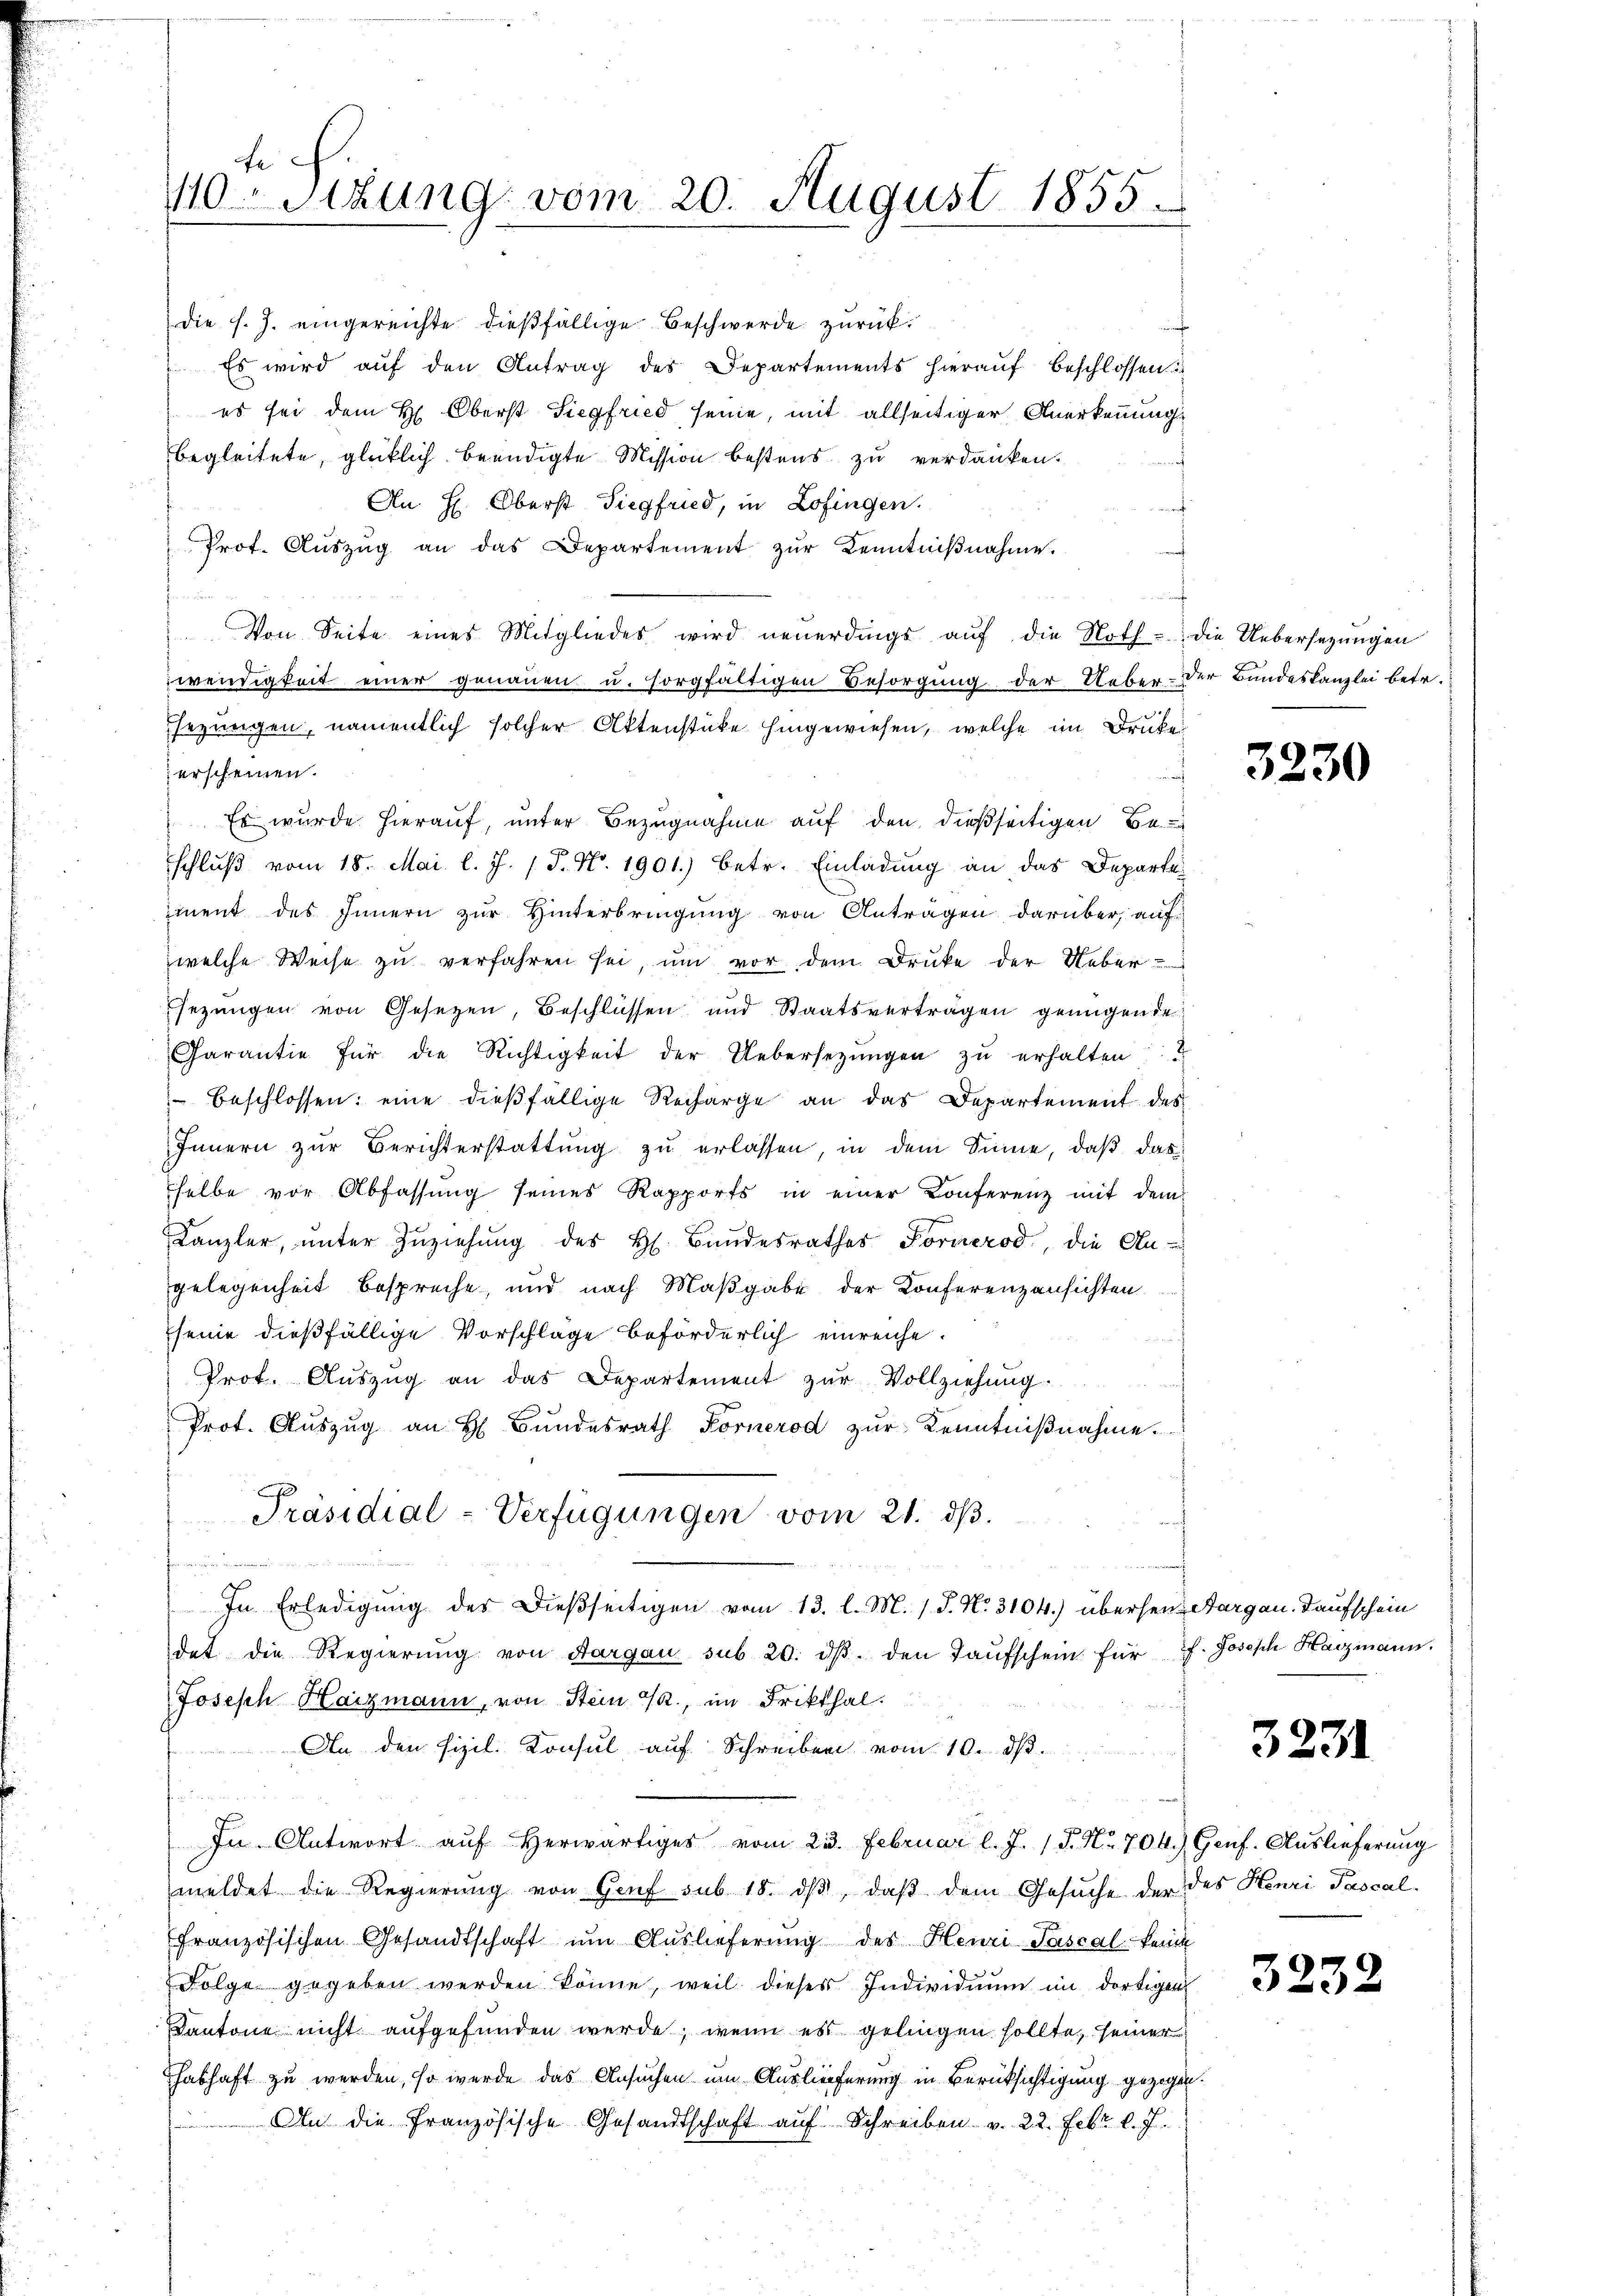
te
110Stzung vom 20. August 1855.

die f. J. eingereichte dießfällige Beschwerde zurück.
Es wird auf den Antrag des Departements hierauf beschlossen
es sei dem H. Oberst Siegfried seine, mit allseitiger Anerkennung
begleitete, glücklich beendigte Mission bestens zu verdanken.
An H. Oberst Siegfried, in Zofingen.
Prot. Aŭszŭg an das Departement zŭr Kenntniβnahme.
n
Von Seite eines Mitgliedes wird neuerdings aŭf die Noth - die Uebersezungen
wendigkeit einer genauen u. sorgfältigen Besorgung der Ueber- der Bundeskanzlei betr.
sezungen, namentlich solcher Aktenstücke hingewiesen, welche im Druke
erscheinen.
Es wurde hierauf, unter Bezugnahme auf den dießseitigen Be
schluß vom 18. Mai l. J. 1 P. Nr. 1901.) betr. Einladung an das Departeiment des Innern zur Hinterbringung von Antragen darüber, auf
welche Weise zu verfahren sei, um vor dem Druke der Ueber
Esezungen von Gesetzen, Beschlüssen und Staatsverträgen genügende
Garantie für die Richtigkeit der Uebersetzŭngen zŭ erhalten
 beschlossen: eine dießfällige Recharge an das Departement des
Innern zŭr Berichterstattung zu erlassen, in dem Sinne, daß das
selbe vor Abfassŭng seines Rapports in einer Konferenz mit dem
Kanzler, ŭnter Zŭziehung des H. Bundesrathes Fornerod, die An-
gelegenheit bespreche, und nach Maßgabe der Konferenzansichten.
seine dießfällige Vorschläge beförderlich einreiche.
Prot. Aŭszŭg an das Departement zŭr Vollziehung.
Prot. Aŭszŭg an H. Bŭndesrath Fornerod zŭr Kenntniβnahme.
c
Präsidial-Verfügungen vom 21. ds.

In Erledigung des dießseitigen vom 13. l. M. (S. Nr. 3104) übersen Aargau. Taufschein
dat die Regierŭng von Aargau sub 20. dβ. den Taŭfschein für J. Joseph Harzmann.
Joseph Haizmann, von Stein M., im Frikthal.
An den fizil. Konsul auf Schreiben vom 10. dß.
In Antwort aŭf herwärtiges vom 23. Februar l. J. P. Nr. 704.) Genf. Auslieferung
meldet die Regierung von Genf sub 18. dβ, daß dem Gesuche der des Henri Pascal-
französischen Gesandtschaft um Auslieferung des Henri Pascal keine
Folge gegeben werden könne, weil dieses Individuum im dortigen
Kantone nicht aufgefunden werde; wenn es gelingen sollte, seiner
habhaft zu werden, so werde das Ansuchen um Auslieferung in Berüksichtigung gezogen
An die französische Gesandtschaft auf Schreiben v. 22. Febr. l. J.

f

3230

3231

3232